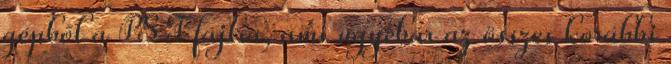
gépből a PST fájlra, ami ugyebár az összes korábbi